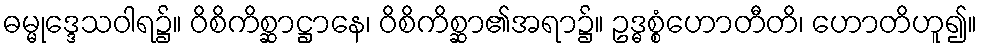
ဓမ္မုဒ္ဒေသဝါရ၌။ ဝိစိကိစ္ဆာဋ္ဌာနေ၊ ဝိစိကိစ္ဆာ၏အရာ၌။ ဥဒ္ဓစ္စံဟောတီတိ၊ ဟောတိဟူ၍။